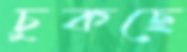
চুকছে